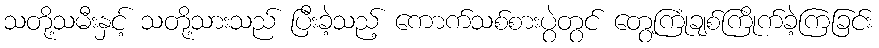
သတို့သမီးနှင့် သတို့သားသည် ပြီးခဲ့သည့် ကောက်သစ်စားပွဲတွင် တွေ့ကြုံချစ်ကြိုက်ခဲ့ကြခြင်း